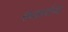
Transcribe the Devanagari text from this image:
संघकार्याच्या